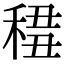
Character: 𥟷